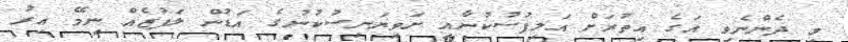
މި ދެންނެވި އަގެ އިތުރަށް އަލިފުސުކުނާއި ށަވިޔަނިސުކުނުގެ އަޑުން ލަފުޒެއް ނިމޭ އިރު